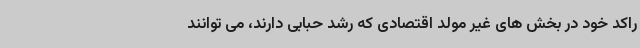
راکد خود در بخش های غیر مولد اقتصادی که رشد حبابی دارند، می توانند